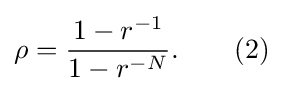
\rho ={\frac {1-r^{-1}}{1-r^{-N}}}.\qquad {\text{(2)}}